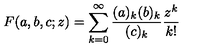
F ( a , b , c ; z ) = \sum _ { k = 0 } ^ { \infty } \frac { ( a ) _ { k } ( b ) _ { k } } { ( c ) _ { k } } \frac { z ^ { k } } { k ! }